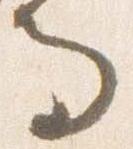
而